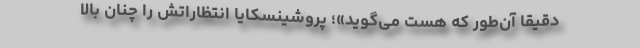
دقیقاً آن‌طور که هست می‌گوید»؛ پروشینسکایا انتظاراتش را چنان بالا